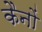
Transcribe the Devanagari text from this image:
कैनों